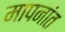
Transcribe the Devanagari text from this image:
मापनांत